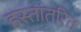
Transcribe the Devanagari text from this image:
हस्‍तांतरित